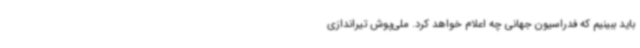
باید ببینیم که فدراسیون جهانی چه اعلام خواهد کرد. ملی‌پوش تیراندازی